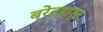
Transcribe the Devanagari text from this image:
ब्रेटहार्ट